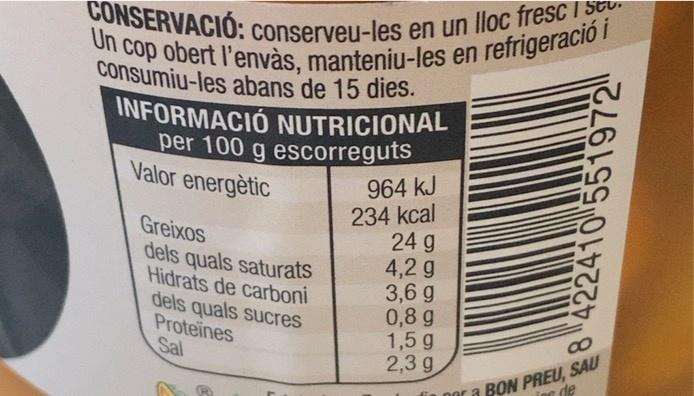
CONSERVACIÓ: conserveu-les en un lloc fresc i : n cop obert l'envàs, manteniu-les en refrigeració i
Un
consumiu-les abans de 15 dies. INFORMACIÓ NUTRICIONAL per 100 g escorreguts Valor energètic
Greixos dels quals saturats Hidrats de carboni dels quals sucres Proteines Sal
964 kJ 234 kcal 24 g 4,2 g 3,6 g 0,8 g 1,5 g 2,3 g
BON PREU, SAU de
nor a
8 422410 551972